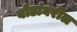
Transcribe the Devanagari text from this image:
बोर्डावरील